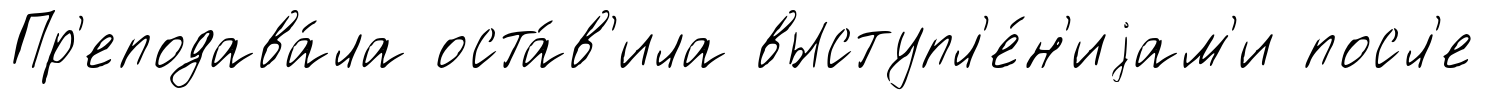
Пр'еподава́ла оста́в'ила выступл'е́н'иjам'и посл'е